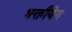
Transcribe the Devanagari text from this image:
भक्तीयेग